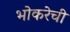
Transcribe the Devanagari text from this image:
भोकरेची